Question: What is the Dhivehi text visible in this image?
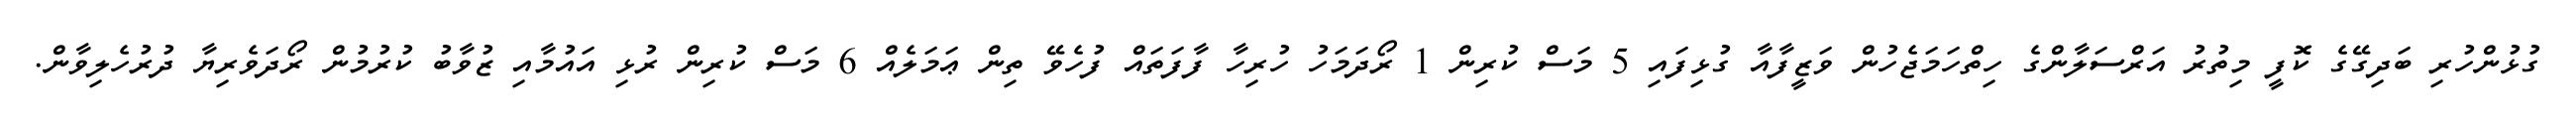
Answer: ގުޅުންހުރި ބަދިގޭގެ ކޮފީ މިތުރު އަރްސަލާންގެ ހިތްހަމަޖެހުން ވަޒީފާއާ ގުޅިފައި 5 މަސް ކުރިން 1 ރޯދަމަހު ހުރިހާ ފާފަތައް ފުހެވޭ ތިން ޢަމަލެއް 6 މަސް ކުރިން ރުޅި އައުމާއި ޒުވާބު ކުރުމުން ރޯދަވެރިޔާ ދުރުހެލިވާން.